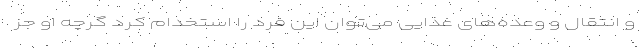
و انتقال و وعده‌های غذایی می‌توان این فرد را استخدام کرد گرچه او جز